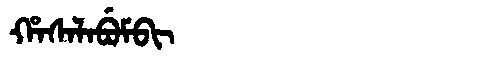
Manchu: ᡥᠠᠰᠠᠯᠠᠪᡠᠮᠪᡳ
Romanization: HASALABUMBI